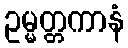
ဥမ္မတ္တကာနံ